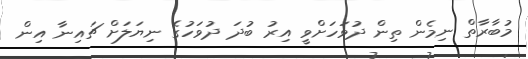
މުބާރާތް ނިމެން ތިން ދުވަހަށްވީ އިރު ބުދަ ދުވަހުގެ ނިޔަލަށް ޗައިނާ އިން